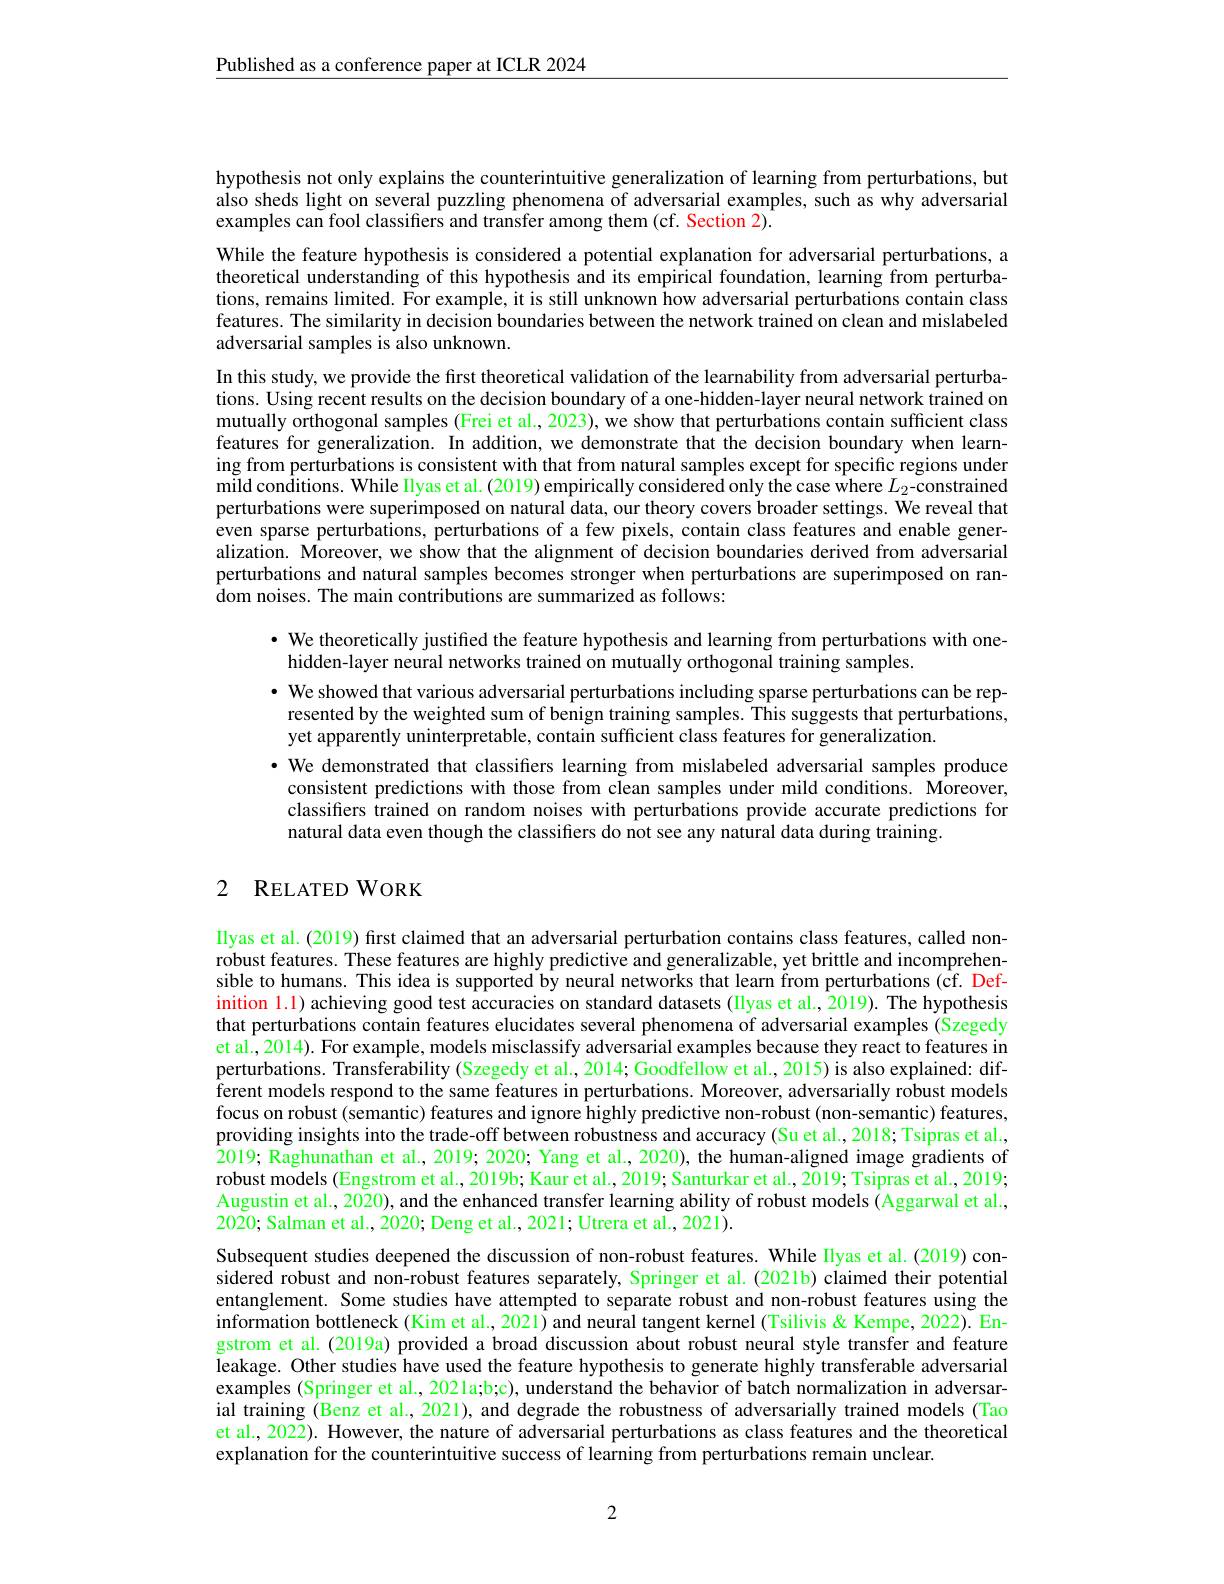
$\underline{\text{Published as a conference paper at ICLR 2024}}$

hypothesis not only explains the counterintuitive generalization of learning from perturbations, but also sheds light on several puzzling phenomena of adversarial examples, such as why adversarial examples can fool classifiers and transfer among them (cf. Section 2).

While the feature hypothesis is considered a potential explanation for adversarial perturbations, a theoretical understanding of this hypothesis and its empirical foundation, learning from perturbations, remains limited. For example, it is still unknown how adversarial perturbations contain class features. The similarity in decision boundaries between the network trained on clean and mislabeled adversarial samples is also unknown.
In this study, we provide the first theoretical validation of the learnability from adversarial perturbations. Using recent results on the decision boundary of a one-hidden-layer neural network trained on mutually orthogonal samples (Frei et al., 2023), we show that perturbations contain sufficient class features for generalization. In addition, we demonstrate that the decision boundary when learning from perturbations is consistent with that from natural samples except for specific regions under $\tilde{\text{mild conditions. While Ilyas et al. (2019) empirically considered only the case where }L_2-\text{constrained}}$ perturbations were superimposed on natural data, our theory covers broader settings. We reveal that even sparse perturbations, perturbations of a few pixels, contain class features and enable generalization. Moreover, we show that the alignment of decision boundaries derived from adversarial perturbations and natural samples becomes stronger when perturbations are superimposed on random noises. The main contributions are summarized as follows:

· We theoretically justified the feature hypothesis and learning from perturbations with one-
hidden-layer neural networks trained on mutually orthogonal training samples.
· We showed that various adversarial perturbations including sparse perturbations can be represented by the weighted sum of benign training samples. This suggests that perturbations, yet apparently uninterpretable, contain sufficient class features for generalization.
·We demonstrated that classifiers learning from mislabeled adversarial samples produce consistent predictions with those from clean samples under mild conditions. Moreover, classifers trained on random noises with perturbations provide accurate predictions for natural data even though the classifiers do not see any natural data during training.

## 2 RELATEDWORK

Ilyas et al. (2019) first claimed that an adversarial perturbation contains class features, called nonrobust features. These features are highly predictive and generalizable, yet brittle and incomprehensible to humans. This idea is supported by neural networks that learn from perturbations (cf. Definition 1.1) achieving good test accuracies on standard datasets (IIyas et al., 2019). The hypothesis that perturbations contain features elucidates several phenomena of adversarial examples (Szegedy $\hat{\text{et al., 2014). For example, models misclassify adversarial examples because they react to features in}}$ perturbations. Transferability (Szegedy et al., 2014; Goodfellow et al., 2015) is also explained: different models respond to the same features in perturbations. Moreover, adversarially robust models focus on robust (semantic) features and ignore highly predictive non-robust (non-semantic) features, providing insights into the trade-off between robustness and accuracy (Su et al., 2018; Tsipras et al., 2019; Raghunathan et al., 2019; 2020; Yang et al., 2020), the human-aligned image gradients of robust models (Engstrom et al., 2019b; Kaur et al., 2019; Santurkar et al., 2019; Tsipras et al., 2019; Augustin et al., 2020), and the enhanced transfer learning ability of robust models (Aggarwal et al., 2020; Salman et al., 2020; Deng et al., 2021; Utrera et al., 2021).
Subsequent studies deepened the discussion of non-robust features. While Ilyas et al.(2019) considered robust and non-robust features separately, Springer et al. (2021b) claimed their potential entanglement. Some studies have attempted to separate robust and non-robust features using the information bottleneck (Kim et al., 2021) and neural tangent kernel (Tsilivis & Kempe, 2022). Engstrom et al. (2019a) provided a broad discussion about robust neural style transfer and feature leakage. Other studies have used the feature hypothesis to generate highly transferable adversarial examples (Springer et al., 2021a;b;c), understand the behavior of batch normalization in adversarial training (Benz et al., 2021), and degrade the robustness of adversarially trained models (Tao et al., 2022). However, the nature of adversarial perturbations as class features and the theoretical explanation for the counterintuitive success of learning from perturbations remain unclear.

2